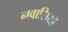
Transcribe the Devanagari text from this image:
नवासियाॅ